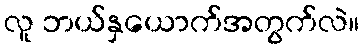
လူ ဘယ်နှယောက်အတွက်လဲ။